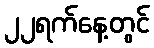
၂၂ရက်နေ့တွင်